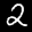
Label: 2